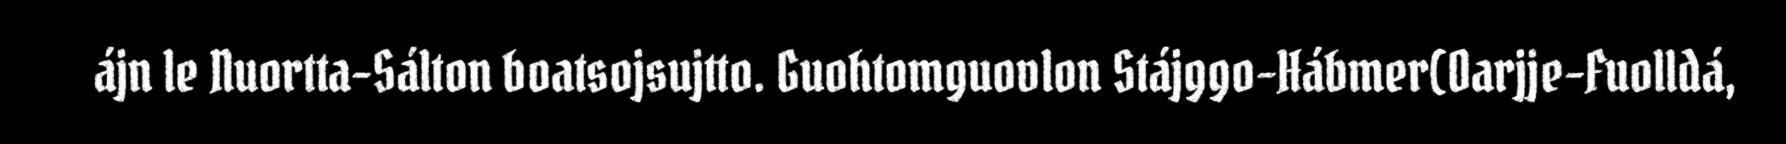
ájn le Nuortta-Sálton boatsojsujtto. Guohtomguovlon Stájggo-Hábmer(Oarjje-Fuolldá,